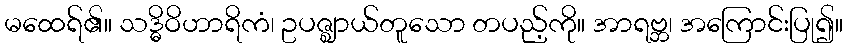
မထေရ်၏။ သဒ္ဓိဝိဟာရိကံ၊ ဥပဇ္ဈာယ်တူသော တပည့်ကို။ အာရဗ္ဘ၊ အကြောင်းပြု၍။